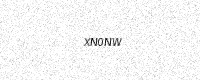
Text: XN0NW